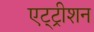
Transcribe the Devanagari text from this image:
एट्ट्रीशन